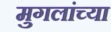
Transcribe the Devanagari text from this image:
मुगलांच्या